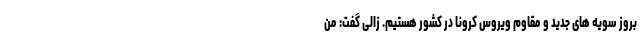
بروز سویه های جدید و مقاوم ویروس کرونا در کشور هستیم. زالی گفت: من